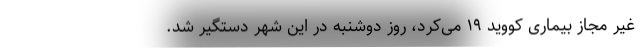
غیر مجاز بیماری کووید ۱۹ می‌کرد، روز دوشنبه در این شهر دستگیر شد.